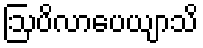
ဩပိလာပေယျာသိ